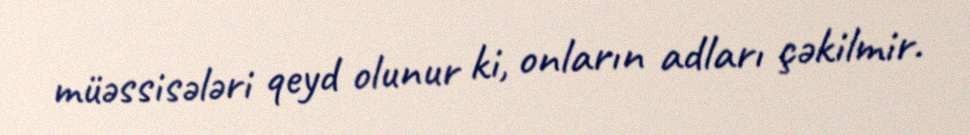
müəssisələri qeyd olunur ki, onların adları çəkilmir.